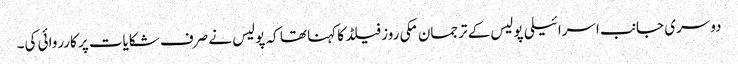
دوسری جانب اسرائیلی پولیس کے ترجمان مکی روز فیلڈ کا کہنا تھا کہ پولیس نے صرف شکایات پر کارروائی کی۔